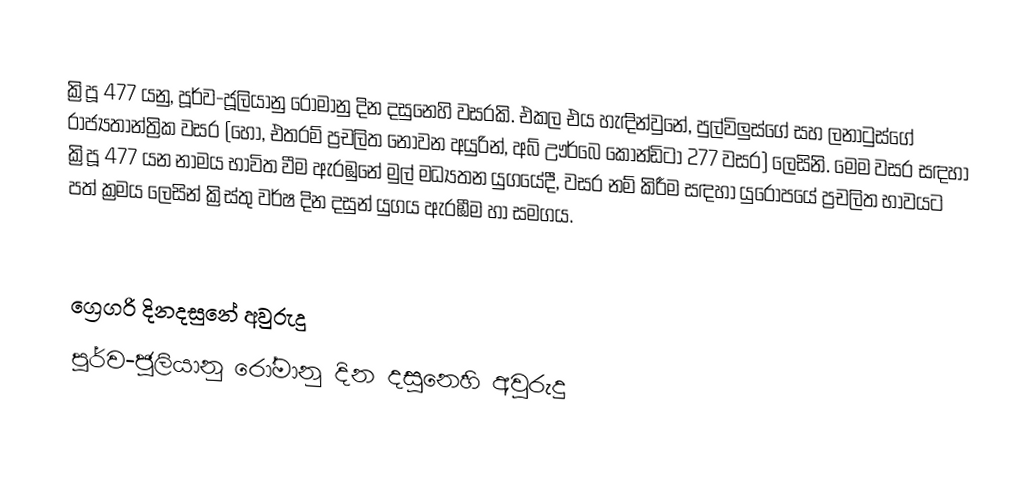

ක්‍රිපූ 477 යනු, පූර්ව-ජූලියානු රෝමානු දින දසුනෙහි වසරකි. එකල එය හැඳින්වුනේ, පුල්විලුස්ගේ සහ ලනාටුස්ගේ රාජ්‍යතාන්ත්‍රික වසර (හෝ, එතරම් ප්‍රචලිත නොවන අයුරින්, අබ් ඌර්බෙ කෝන්ඩිටා 277 වසර) ලෙසිනි. මෙම වසර සඳහා ක්‍රිපූ 477 යන නාමය භාවිත වීම ඇරඹුනේ මුල්  මධ්‍යතන යුගයේදී, වසර නම් කිරීම සඳහා යුරෝපයේ ප්‍රචලිත භාවයට පත් ක්‍රමය ලෙසින් ක්‍රිස්තු වර්ෂ දින දසුන් යුගය ඇරඹීම හා සමගය.

ග්‍රෙගරි දිනදසුනේ අවුරුදු
පූර්ව-ජූලියානු රෝමානු දින දසුනෙහි අවුරුදු